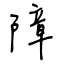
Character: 障